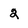
Character: 2